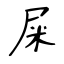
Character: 屎